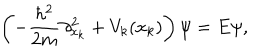
\left( - { \frac { \hbar ^ { 2 } } { 2 m } } \partial _ { x _ { k } } ^ { 2 } + V _ { k } ( x _ { k } ) \right) \psi = E \psi ,